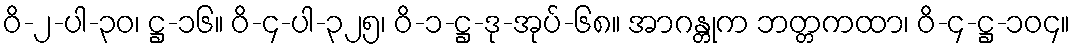
ဝိ-၂-ပါ-၃၀၊ ဋ္ဌ-၁၆။ ဝိ-၄-ပါ-၃၂၅၊ ဝိ-၁-ဋ္ဌ-ဒု-အုပ်-၆၈။ အာဂန္တုက ဘတ္တကထာ၊ ဝိ-၄-ဋ္ဌ-၁၀၄။